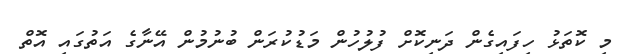
މި ކޮތަޅު ހިފައިގެން ދަނިކޮށް ފުލުހުން މަޑުކުރަން ބުނުމުން އޭނާގެ އަތުގައި އޮތް